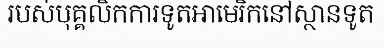
របស់បុគ្គលិកការទូតអាមេរិកនៅស្ថានទូត